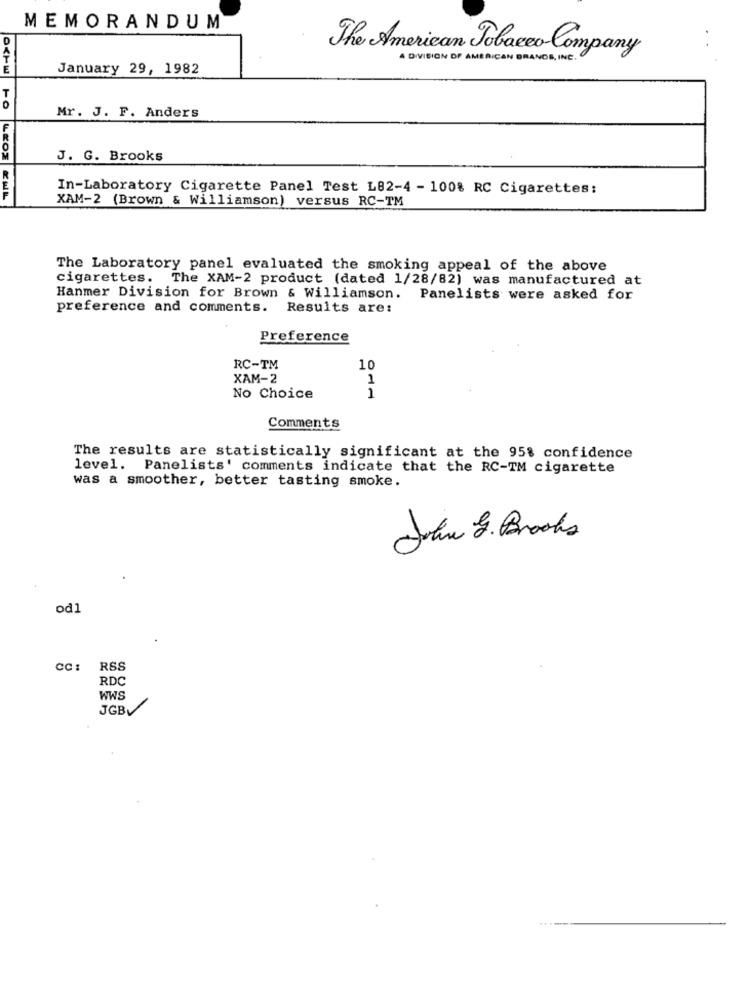
MEMORANDUM
The American Tobacco Company
A DIVISION OF AMERICAN BRANDS , INC.
January 29, 1982
Mr. J. F. Anders
F
J. G. Brooks
In-Laboratory Cigarette Panel Test L82-4 - 100% RC Cigarettes:
LEOS EHL
XAM-2 (Brown & Williamson) versus RC-TM
The Laboratory panel evaluated the smoking appeal of the above
cigarettes. The XAM-2 product (dated 1/28/82) was manufactured at
Hanmer Division for Brown & Williamson. Panelists were asked for
preference and comments. Results are:
Preference
RC-TM
10
XAM-2
1
No Choice
1
Comments
The results are statistically significant at the 95% confidence
level. Panelists' comments indicate that the RC-TM cigarette
was a smoother, better tasting smoke.
John G. Brooks
od
RSS
RDC
WWS
JGBV